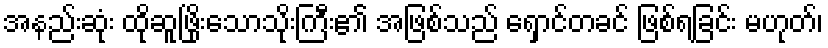
အနည်းဆုံး ထိုဆူဖြိုးသောသိုးကြီး၏ အဖြစ်သည် ရှောင်တခင် ဖြစ်ရခြင်း မဟုတ်၊